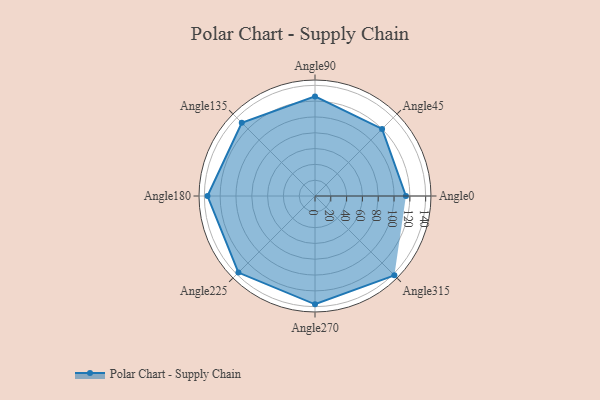
{"axis": {"x": "Angle", "y": "Radius"}, "legend": [""], "data": [{"x": "Angle0", "y": 115.0, "type": ""}, {"x": "Angle45", "y": 120.0, "type": ""}, {"x": "Angle90", "y": 126.0, "type": ""}, {"x": "Angle135", "y": 131.0, "type": ""}, {"x": "Angle180", "y": 136.0, "type": ""}, {"x": "Angle225", "y": 137.0, "type": ""}, {"x": "Angle270", "y": 137.0, "type": ""}, {"x": "Angle315", "y": 142.0, "type": ""}]}